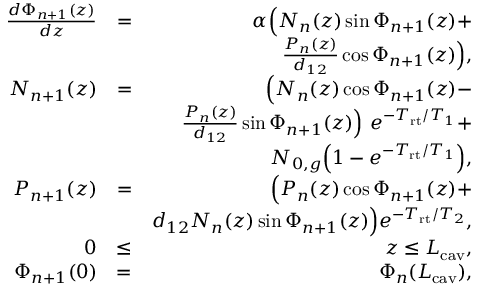
\begin{array} { r l r } { \frac { d \Phi _ { n + 1 } ( z ) } { d z } } & { = } & { \alpha \Big ( N _ { n } ( z ) \sin \Phi _ { n + 1 } ( z ) + } \\ & { } & { \frac { P _ { n } ( z ) } { d _ { 1 2 } } \cos \Phi _ { n + 1 } ( z ) \Big ) , } \\ { N _ { n + 1 } ( z ) } & { = } & { \Big ( N _ { n } ( z ) \cos \Phi _ { n + 1 } ( z ) - } \\ & { } & { \frac { P _ { n } ( z ) } { d _ { 1 2 } } \sin \Phi _ { n + 1 } ( z ) \Big ) \ e ^ { - T _ { \mathrm { r t } } / T _ { 1 } } + } \\ & { } & { N _ { 0 , g } \Big ( 1 - e ^ { - T _ { \mathrm { r t } } / T _ { 1 } } \Big ) , } \\ { P _ { n + 1 } ( z ) } & { = } & { \Big ( P _ { n } ( z ) \cos \Phi _ { n + 1 } ( z ) + } \\ & { } & { d _ { 1 2 } N _ { n } ( z ) \sin \Phi _ { n + 1 } ( z ) \Big ) e ^ { - T _ { \mathrm { r t } } / T _ { 2 } } , } \\ { 0 } & { \le } & { z \le L _ { \mathrm { c a v } } , } \\ { \Phi _ { n + 1 } ( 0 ) } & { = } & { \Phi _ { n } ( L _ { \mathrm { c a v } } ) , } \end{array}